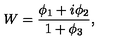
W = \frac { \phi _ { 1 } + i \phi _ { 2 } } { 1 + \phi _ { 3 } } ,